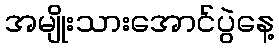
အမျိုးသားအောင်ပွဲနေ့